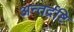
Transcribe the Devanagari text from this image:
अन्तर्द्रष्टि